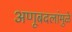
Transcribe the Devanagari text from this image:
अणूबदलांमुळे